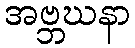
အဗ္ဘဃနာ